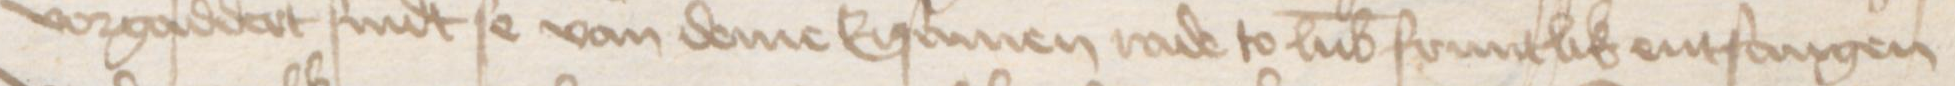
Transcription: vorgaddert sindt se van deme Ersamen rade to Lubeke fruntlik entfangen